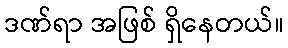
ဒဏ်ရာ အဖြစ် ရှိနေတယ်။